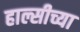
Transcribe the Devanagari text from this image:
हाल्सीच्या